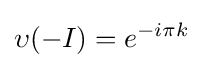
\upsilon (-I)=e^{-i\pi k}